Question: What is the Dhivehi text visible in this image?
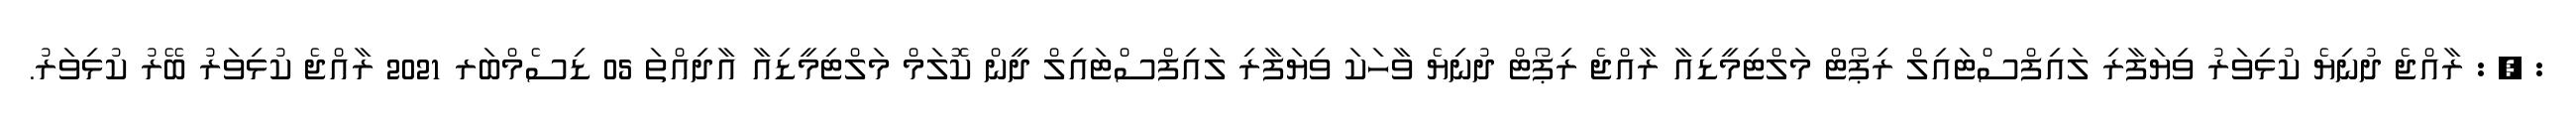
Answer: : , : ރާއްޖެ ދުނިޔެ ކުޅިވަރު ވިޔަފާރި ލައިފްސްޓައިލް ރިޕޯޓް މަލްޓިމީޑިއާ ރާއްޖެ ރިޕޯޓް ދުނިޔެ ވާހަކަ ވިޔަފާރި ލައިފްސްޓައިލް ދީން ކޮލަމް މަލްޓިމީޑިއާ އާދިއްތަ 05 ޑިސެމްބަރ 2021 ރާއްޖެ ކުޅިވަރު ބޭރު ކުޅިވަރު.